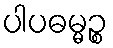
ပါပဓမ္မဉ္စ